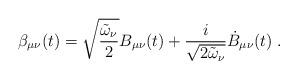
LaTeX: \begin{align*}\beta_{\mu\nu}(t)=\sqrt{\frac{\tilde{\omega}_\nu}{2}}B_{\mu\nu}(t)+\frac{i}{\sqrt{2\tilde{\omega}_\nu}}\dot{B}_{\mu\nu}(t)\;.\end{align*}